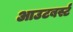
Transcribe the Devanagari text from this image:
आउटबर्स्ट